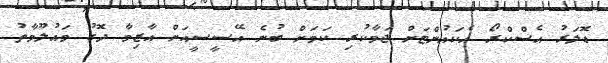
ޑޮލަރު އެސްކްރޯ އެކައުންޓަށް ޖަމާކުރި ކަމަށް ބުނެ އޭސީސީއަށް އާޒިމާ ދޮގު މައުލޫމާތު